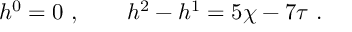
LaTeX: h ^ { 0 } = 0 \ , \qquad h ^ { 2 } - h ^ { 1 } = 5 \chi - 7 \tau \ .